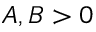
A , B > 0